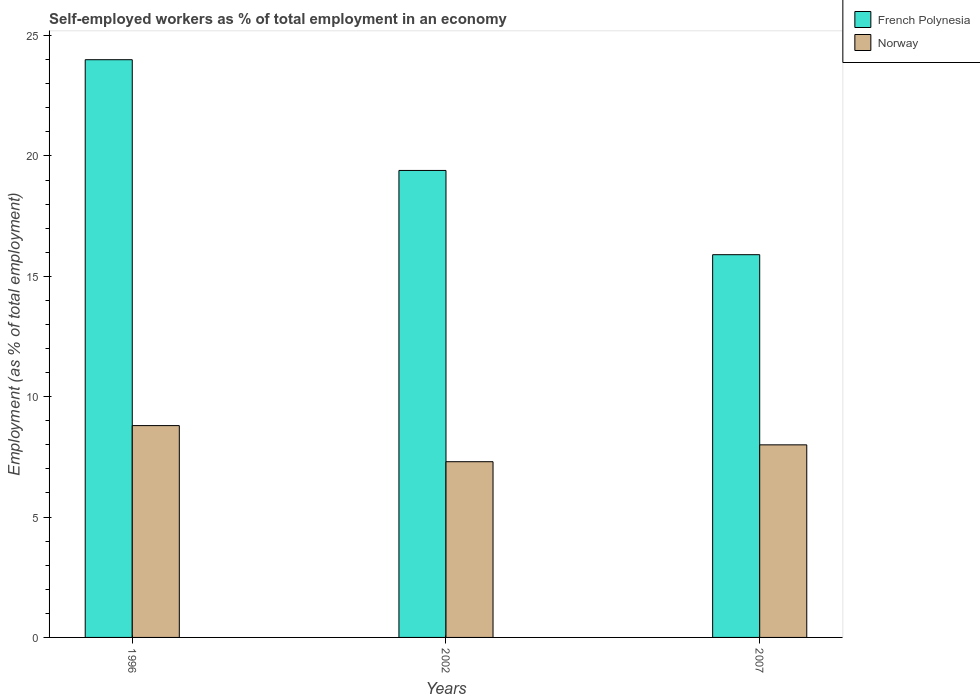
| Years | French Polynesia | Norway |
 | --- | --- | --- |
 | 1996 | 24 | 8.8 |
 | 2002 | 19.4 | 7.3 |
 | 2007 | 15.9 | 8 |